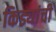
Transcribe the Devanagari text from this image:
किड्यांची